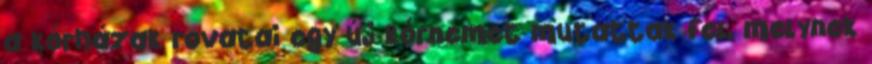
a kórházak rovatai egy új kórnemet mutattak fel, melynek